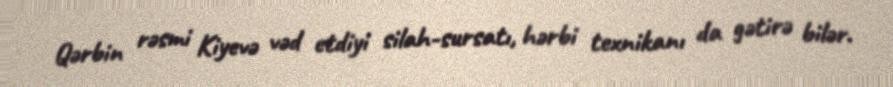
Qərbin rəsmi Kiyevə vəd etdiyi silah-sursatı, hərbi texnikanı da gətirə bilər.